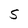
Character: S